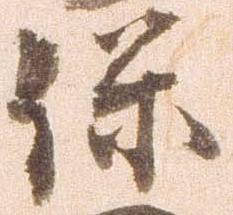
保